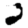
Digit: 2